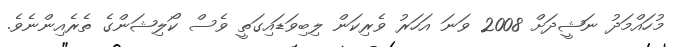
މުހައްމަދު ނަޝީދަށް 2008 ވަނަ އަހަރު ވެރިކަން ލިބިވަޑައިގަތީ ވެސް ކޯލިޝަންގެ ތެރެއިންނެވެ.